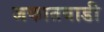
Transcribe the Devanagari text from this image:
जकातवाडी